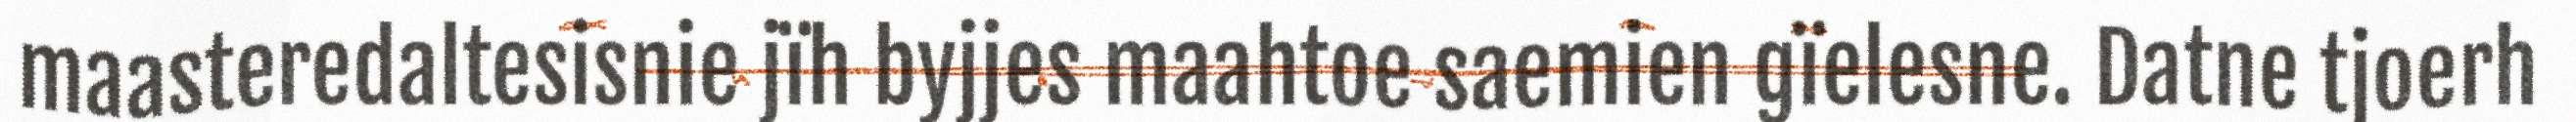
maasteredaltesisnie jïh byjjes maahtoe saemien gïelesne. Datne tjoerh